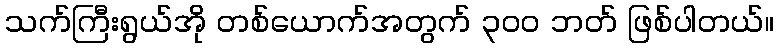
သက်ကြီးရွယ်အို တစ်ယောက်အတွက် ၃၀၀ ဘတ် ဖြစ်ပါတယ်။